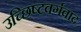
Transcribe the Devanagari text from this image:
उच्छिष्टवर्गवाद